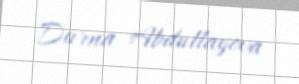
Durna Abdullayeva